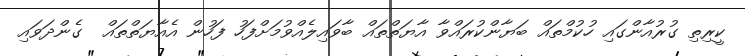
ކީރިތި ގުރުއާންގައި ހުކުމްތައް ބަޔާންކުރައްވާ އާޔަތްތައް ބާވައިލެއްވުމަށްފަހު ފަހުން އެއާޔަތްތައް  ގެންދަވައި